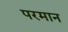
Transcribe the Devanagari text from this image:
परमान